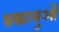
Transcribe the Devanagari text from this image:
श्रद्घालुओं